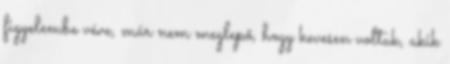
figyelembe véve, már nem meglepő, hogy kevesen voltak, akik